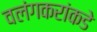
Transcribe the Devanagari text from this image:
वलंगकरांकडे